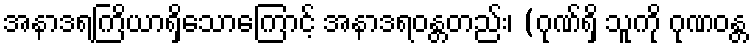
အနာဒရကြိယာရှိသောကြောင့် အနာဒရဝန္တတည်း၊ (ဂုဏ်ရှိ သူကို ဂုဏဝန္တ